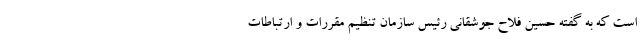
است که به گفته حسین فلاح جوشقانی رئیس سازمان تنظیم مقررات و ارتباطات